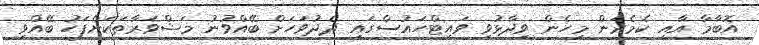
އޮބާމާ އާއި ކެމެރަން މިހެން ވިދާޅުވި ވައިޓްހައުސްގައި ދެދުވަހަށް ބޭއްވުނު މަޝްވަރާތަކަށްފަހު ބޭއްވި